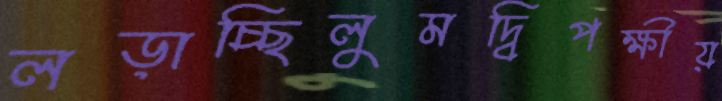
লড়াচ্ছিলুমদ্বিপক্ষীয়